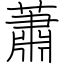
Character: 蕭